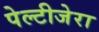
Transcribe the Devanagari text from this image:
पेल्टीजेरा